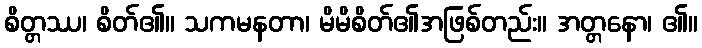
စိတ္တဿ၊ စိတ်၏။ သကမနတာ၊ မိမိစိတ်၏အဖြစ်တည်း။ အတ္တနော၊ ၏။